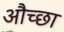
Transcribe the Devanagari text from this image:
औच्छा